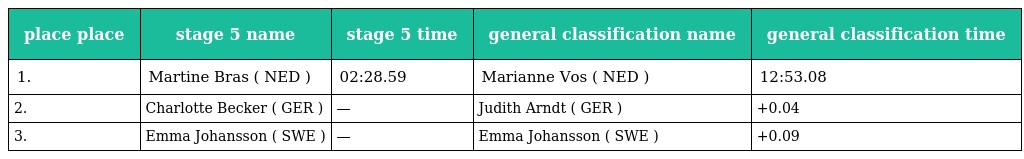
| place place | stage 5 name | stage 5 time | general classification name | general classification time |
 | --- | --- | --- | --- | --- |
 | 1. | Martine Bras ( NED ) | 02:28.59 | Marianne Vos ( NED ) | 12:53.08 |
 | 2. | Charlotte Becker ( GER ) | — | Judith Arndt ( GER ) | +0.04 |
 | 3. | Emma Johansson ( SWE ) | — | Emma Johansson ( SWE ) | +0.09 |